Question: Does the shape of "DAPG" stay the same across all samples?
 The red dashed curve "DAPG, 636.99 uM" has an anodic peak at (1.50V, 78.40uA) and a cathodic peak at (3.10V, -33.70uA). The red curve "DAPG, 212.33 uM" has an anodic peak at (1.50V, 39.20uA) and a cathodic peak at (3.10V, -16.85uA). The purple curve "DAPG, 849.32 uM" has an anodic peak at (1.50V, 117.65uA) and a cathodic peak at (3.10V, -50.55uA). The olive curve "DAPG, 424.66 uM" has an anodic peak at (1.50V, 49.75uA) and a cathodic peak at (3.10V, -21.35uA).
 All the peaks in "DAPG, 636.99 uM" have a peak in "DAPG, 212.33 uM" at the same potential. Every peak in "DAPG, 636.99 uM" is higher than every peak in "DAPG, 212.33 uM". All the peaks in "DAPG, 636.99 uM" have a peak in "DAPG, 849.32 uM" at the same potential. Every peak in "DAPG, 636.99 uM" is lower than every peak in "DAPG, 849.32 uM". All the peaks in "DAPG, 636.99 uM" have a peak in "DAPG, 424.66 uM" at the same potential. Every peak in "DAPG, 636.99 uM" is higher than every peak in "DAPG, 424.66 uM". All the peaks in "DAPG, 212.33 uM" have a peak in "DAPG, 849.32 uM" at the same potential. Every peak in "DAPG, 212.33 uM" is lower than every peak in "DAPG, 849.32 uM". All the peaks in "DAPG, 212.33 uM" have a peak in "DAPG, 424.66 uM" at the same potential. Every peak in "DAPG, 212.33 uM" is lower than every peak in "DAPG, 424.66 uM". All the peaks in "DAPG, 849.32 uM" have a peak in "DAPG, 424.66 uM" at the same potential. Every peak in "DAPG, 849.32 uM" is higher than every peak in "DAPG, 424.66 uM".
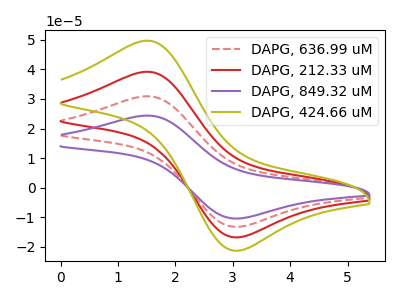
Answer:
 <answer>All the CV's of "DAPG" have similar shape.</answer>
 <eval>follow_rule</eval>